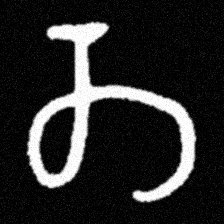
Pyu character \u2014 Myanmar letter: တ (romanized: ta)